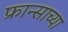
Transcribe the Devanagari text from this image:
फ्रान्साच्या